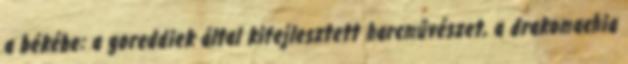
a békébe: a goreddiek által kifejlesztett harcművészet, a drakomachia